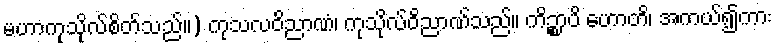
မဟာကုသိုလ်စိတ်သည်။) ကုသလဝိညာဏံ၊ ကုသိုလ်ဝိညာဏ်သည်။ ကိဉ္စာပိ ဟောတိ၊ အကယ်၍ကား